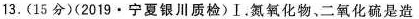
13.(15分)(2019·宁夏银川质检)1. 氮氧化物、二氧化硫是造